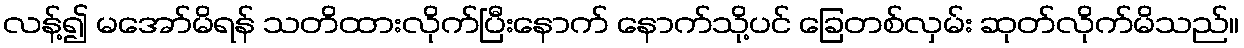
လန့်၍ မအော်မိရန် သတိထားလိုက်ပြီးနောက် နောက်သို့ပင် ခြေတစ်လှမ်း ဆုတ်လိုက်မိသည်။